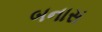
બનાસ